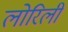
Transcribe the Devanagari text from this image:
लोरिली